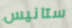
ستانيس